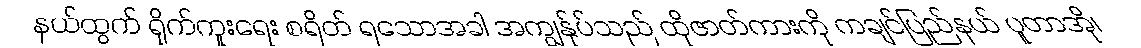
နယ်ထွက် ရိုက်ကူးရေး စရိတ် ရသောအခါ အကျွန်ုပ်သည် ထိုဇာတ်ကားကို ကချင်ပြည်နယ် ပူတာအို၊